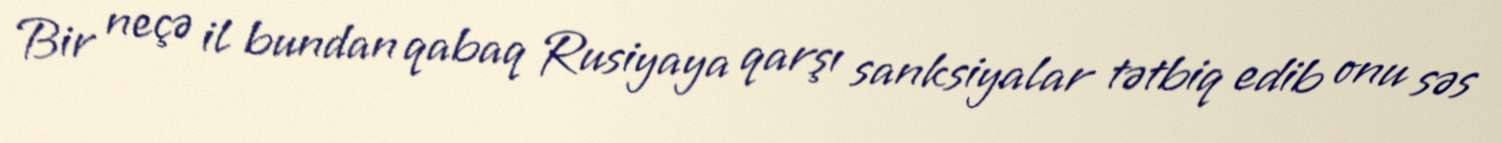
Bir neçə il bundan qabaq Rusiyaya qarşı sanksiyalar tətbiq edib onu səs